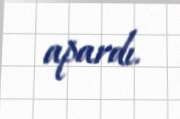
apardı.